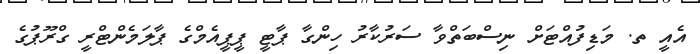
އެއީ ތ. މަޑިފުއްޓަށް ނިސްބަތްވާ ސަރުކާރު ހިންގާ ޕާޓީ ޕީޕީއެމްގެ ޕާލަމެންޓްރީ ގްރޫޕުގެ